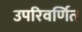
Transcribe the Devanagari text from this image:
उपरिवर्णित